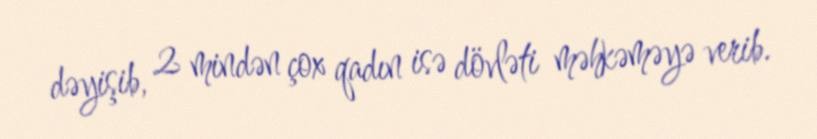
dəyişib, 2 mindən çox qadın isə dövləti məhkəməyə verib.